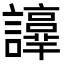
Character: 𧭫